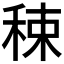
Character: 𥟈